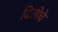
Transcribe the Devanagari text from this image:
दितीचे